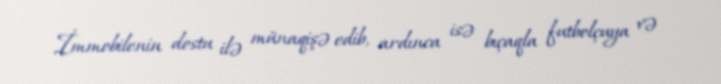
İmmobilenin dostu ilə münaqişə edib, ardınca isə bıçaqla futbolçuya və